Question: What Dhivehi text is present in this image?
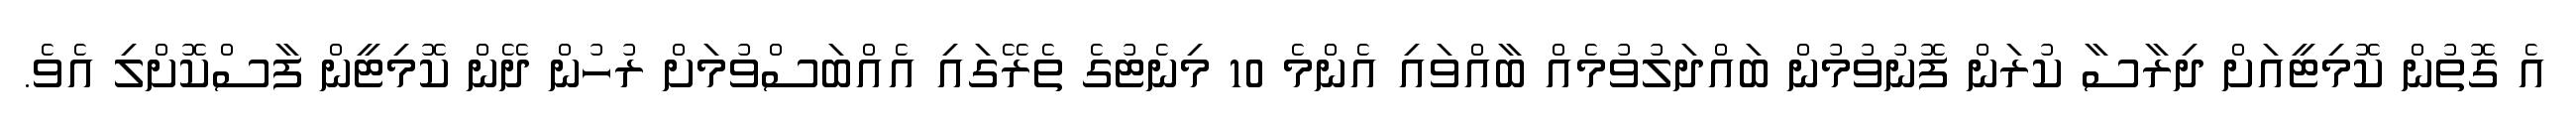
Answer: އެ ގޮތުން ކޮމިޓީއަށް ދިރާސާ ކުރަން ފޮނުވުމުން ބައްދަލުވުމެއް ބާއްވައި އެންމެ 10 މިނެޓުގެ ތެރޭގައި އެއްބަސްވުމަށް ރުހުން ދޭން ކޮމިޓީން ފާސްކޮށްލި އެވެ.